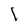
Character: 1